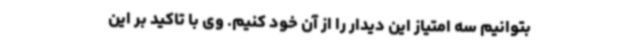
بتوانیم سه امتیاز این دیدار را از آن خود کنیم. وی با تاکید بر این